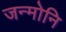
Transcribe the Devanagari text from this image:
जन्मोनि